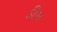
ડીમ